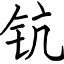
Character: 钪